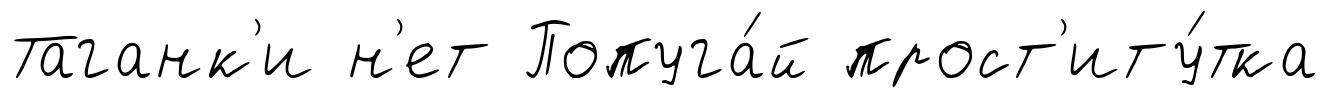
Таганк'и н'ет Попуга́й прост'иту́тка